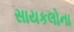
સાયકલોના